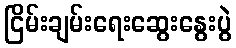
ငြိမ်းချမ်းရေးဆွေးနွေးပွဲ